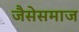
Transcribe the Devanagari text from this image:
जैसेसमाज